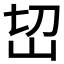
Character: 𰎊